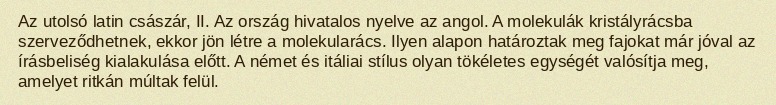
Az utolsó latin császár, II. Az ország hivatalos nyelve az angol. A molekulák kristályrácsba szerveződhetnek, ekkor jön létre a molekularács. Ilyen alapon határoztak meg fajokat már jóval az írásbeliség kialakulása előtt. A német és itáliai stílus olyan tökéletes egységét valósítja meg, amelyet ritkán múltak felül.